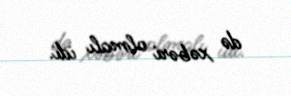
də xəbəri olmalı idi.